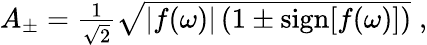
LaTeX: \begin{array}{r}{A_{\pm}=\frac{1}{\sqrt{2}}\sqrt{\left|f(\omega)\right|\left(1\pm\mathrm{sign}[f(\omega)]\right)}\; ,}\end{array}